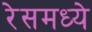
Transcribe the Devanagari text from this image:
रेसमध्ये